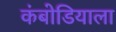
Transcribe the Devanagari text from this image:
कंबोडियाला